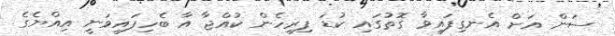
ސަން އަށް އެނގިފައިވާ ގޮތުގައި ކުޑަ ފިރިހެން ކުއްޖާ އާ ބެހިފައިވަނީ އިއްޔެގެ